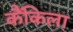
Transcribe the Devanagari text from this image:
कैंकिला